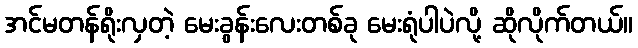
အင်မတန်ရိုးလှတဲ့ မေးခွန်းလေးတစ်ခု မေးရုံပါပဲလို့ ဆိုလိုက်တယ်။